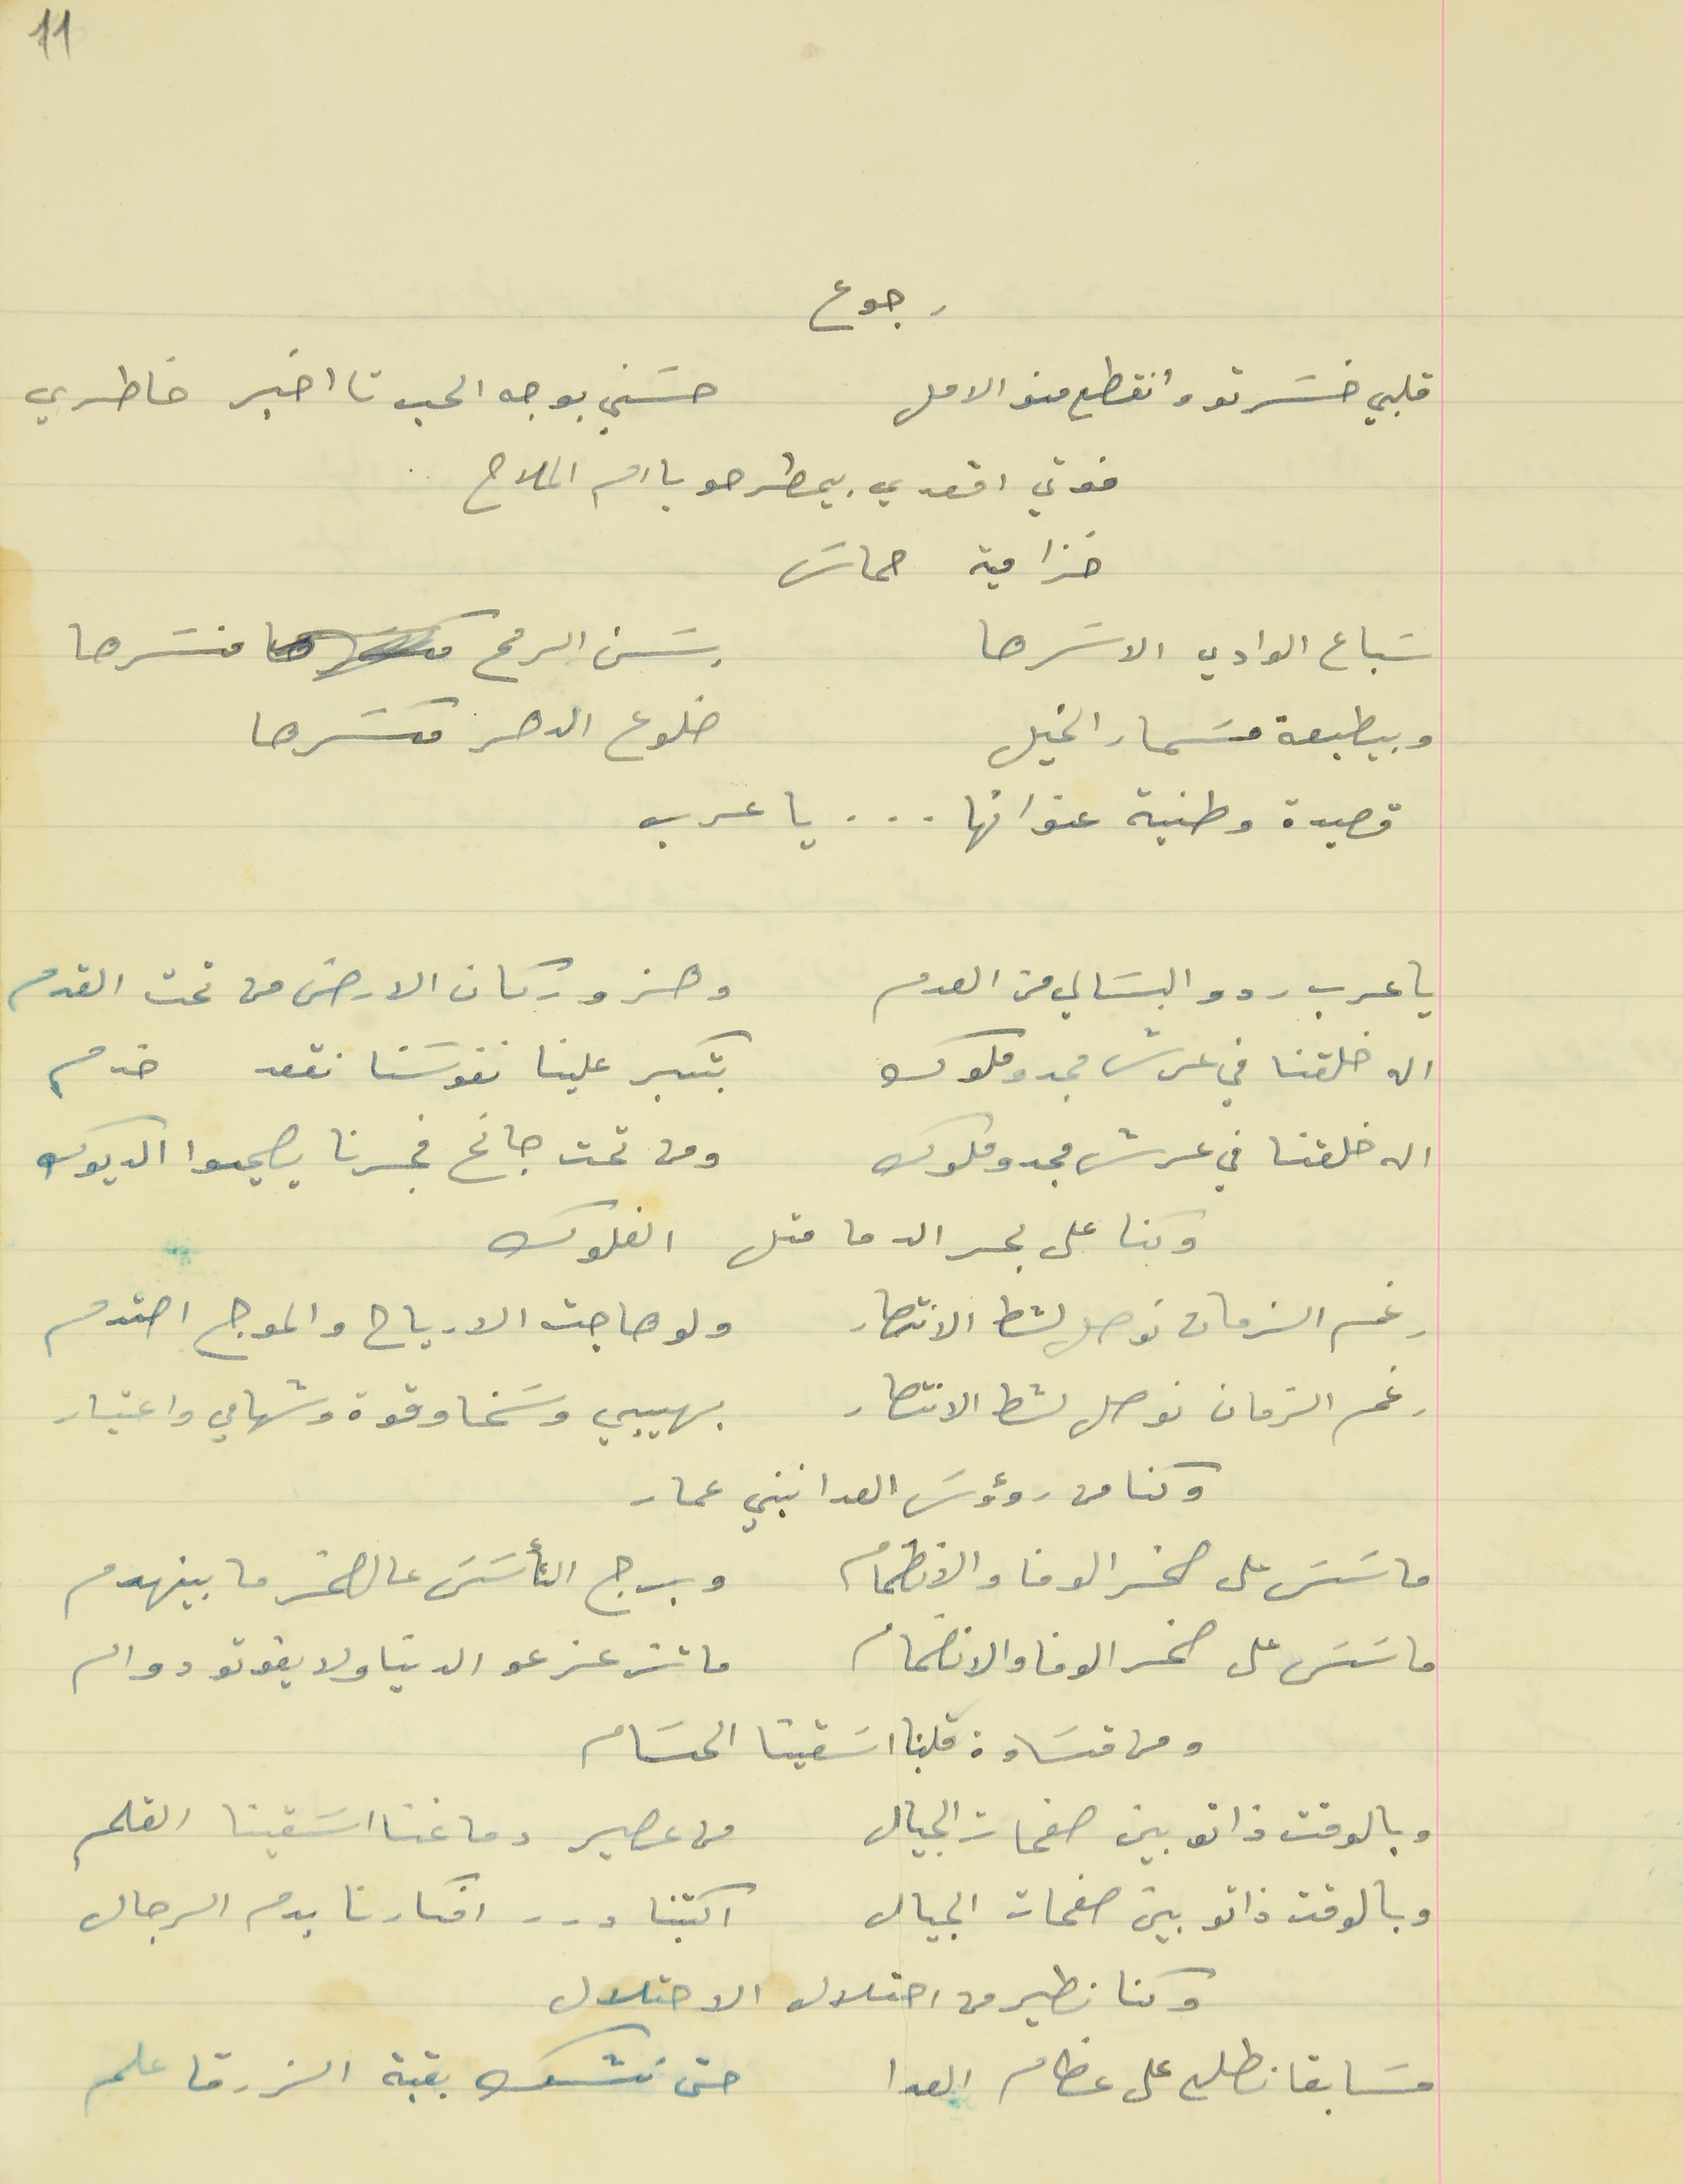
قلبي خسَرتو وانقطع منو الامل                                           حسَني بوجه الحب تا اخبر خاطري
فوتي اقعدي بيمطرحو يا ام الملاح
خزامية حماسَ
سَباع الوادي الاسَرها                                        وسَن الرمح منسَرها
وبيطبعة مسَمار الخيل                                        ضلوع الدهر مكسَرها
قصيدة وطنية عنوانها . . . يا عرب
يا عرب ردو البسَالي من العدم                                   وهزو ركان الارض من تحت القدم
اله خلقنا في عرش مجدو ملوك                                  بتكبر علينا نفوسَنا نقعد خدم
اله خلقنا في عرش مجدو ملوك                                      ومن تحت جانح فجرنا يصيحوا الديوك
وكنا على بحر الدما متل الفلوك
رغم الزمان نوصل لشط الانتصار                                  ولو هاجت الارياح والموج احتدم
رغم الزمان نوصل لشط الانتصار                                    بهيبي وسَخا وقوة وشهامي واعتبار
وكنا من رؤوسَ العدا نبني عمار
ماسَسَ على صخر الوفا والانضمام                                  وبرج التأسَسَ عالصخر ما بينهدم
ماسَسَ على صخر الوفا والانضمام                                  ما تزعزعو الدنيا ولا يفوتو دوام
ومن قسَاوة قلبنا اسَقينا الحسَام
وبالوقت ذاتو بين صفحات الجيال                                  من عصير دماغنا اسَقينا القلم
وبالوقت ذاتو بين صفحات الجيال                                   اكتبنا درر افكارنا بدم الرجال
 وكنا نطير من احتلال الاحتلال
مسَابقا نطلع على عظام العدا                                  حتى نشك بقبة الزرقا علم
رجوع
11